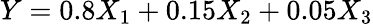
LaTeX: Y=0.8X_{1}+0.15X_{2}+0.05X_{3}